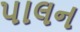
પાલન